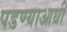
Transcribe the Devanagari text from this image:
पडण्याआधी